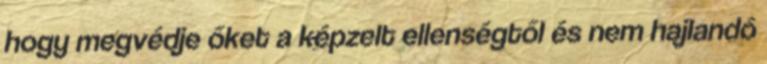
hogy megvédje őket a képzelt ellenségtől és nem hajlandó